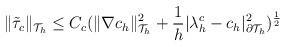
LaTeX: \begin{align*}\begin{aligned}\|\tilde{\tau}_c\|_{\mathcal{T}_h}\leq C_c(\|\nabla c_h\|_{\mathcal{T}_h}^2+\frac{1}{h}|\lambda^{c}_h-c_h|_{\partial\mathcal{T}_h}^2)^{\frac{1}{2}}\end{aligned}\end{align*}